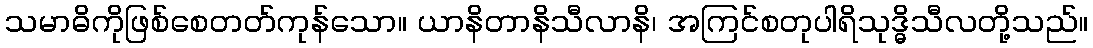
သမာဓိကိုဖြစ်စေတတ်ကုန်သော။ ယာနိတာနိသီလာနိ၊ အကြင်စတုပါရိသုဒ္ဓိသီလတို့သည်။